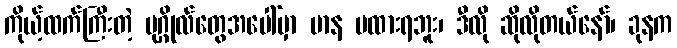
ကိုယ့်ထက်ကြီးတဲ့ ပုဂ္ဂိုလ်တွေအပေါ်မှာ မာန မထားရဘူး၊ ဒီလို ဆိုလိုတယ်နော်၊ ခုနက